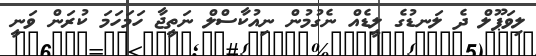
ލިވަޕޫލް ދެ ލަނޑުގެ ލީޑެއް ނެގުމުން ނިއުކާސްލް ނަތީޖާ ހަމަހަމަ ކުރަން ވަނީ